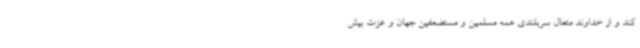
کند و از خداوند متعال سربلندی همه مسلمین و مستضعفین جهان و عزت بیش